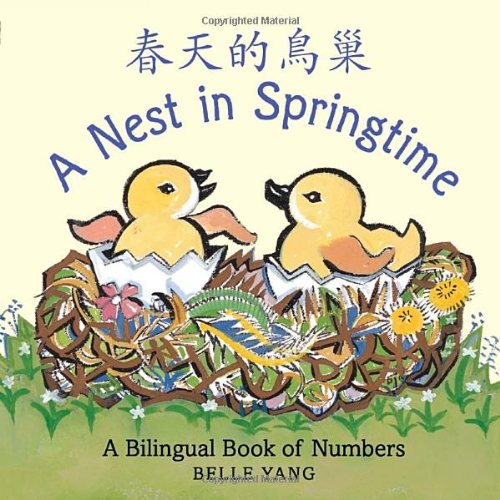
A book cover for A Nest in Springtime: A Mandarin Chinese-English bilingual book of numbers; Belle Yang; Children's Books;